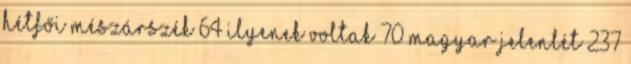
hétfői mészárszék 64 ilyenek voltak 70 magyar jelenlét 237